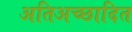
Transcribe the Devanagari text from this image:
अतिअच्छादित